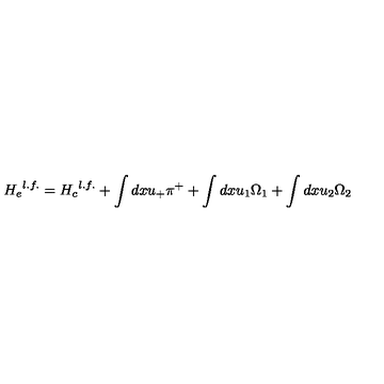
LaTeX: { H _ { e } } ^ { l . f . } = { H _ { c } } ^ { l . f . } + \int d x u _ { + } \pi ^ { + } + \int d x u _ { 1 } \Omega _ { 1 } + \int d x u _ { 2 } \Omega _ { 2 }